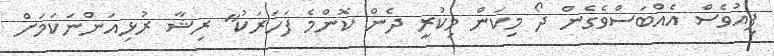
ފިއުވެސް އެއްބަސްވެގެން ދޯ މިކަން މިކުރީ ދެން ކޮންމެ ފަހަރަކު" ރިޝާ ރުޅިއަންނަކަމަށް